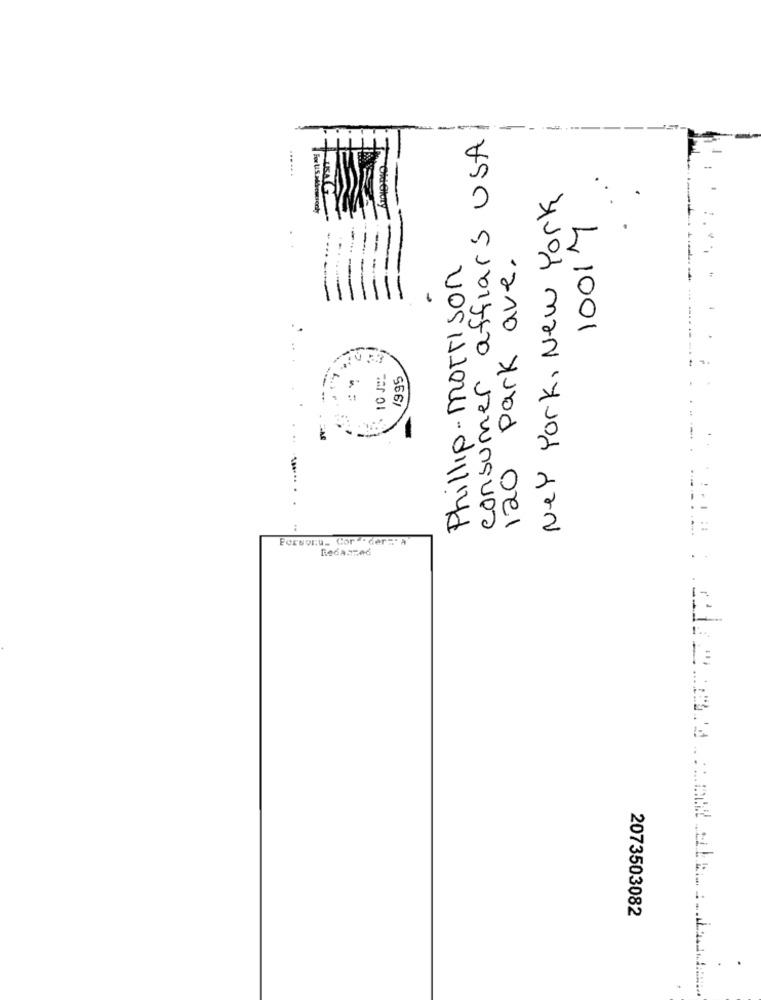
-
consumer affiars USA
New York, New York
10014
120 park ave.
Phillip-morrison
= =
1995
Persecu_ Cor ""der=" a
Redanmed
2073503082
.
.